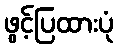
ဖွင့်ပြထားပုံ